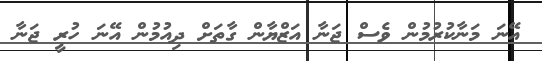
އޭނަ މަނާކުރުމުން ވެސް ޖަނާ އަޒްޔާން ގާތަށް ދިއުމުން އޭނަ ހުރީ ޖަނާ